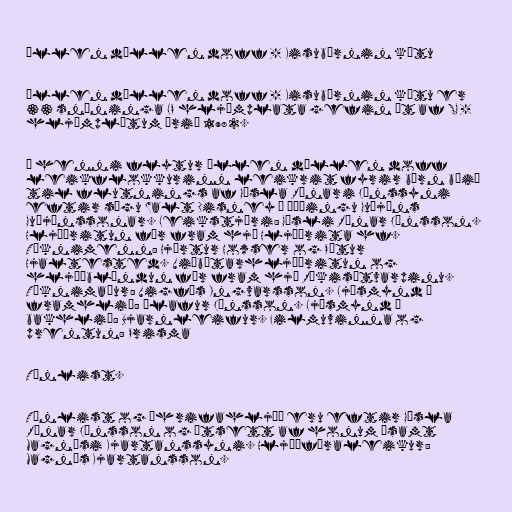
Úllen dúllen doff - Kisubörnin kátu

Úllen dúllen doff - Kisubörnin kátu er
33 snúninga LP hljómplata gefin út af SG -
hljómplötum árið 1982.

Á henni flytur Úllen dúllen doff
leikflokkurinn leikrit fyrir börn búið
til flutnings af Gísla Rúnari Jónssyni
eftir sögu Walt Disney í þýðingu Guðjóns
Guðjónssonar. Leikstjóri: Gísli Rúnar Jónsson.
Hljóðritun fór fram hjá Hljóðrita hf.
Tæknimenn: Hjörtur Howser og Pétur
Hjaltested. Viðbótarhljóðritun og
hljóðblöndun fór fram hjá Ríkisútvarpinu.
Tæknimaður: Vigfús Ingvarsson. Ljósmynd á
framhlið: Ólafur Jónsson. Ljósmynd á
bakhlið: Bjarnleifur. Filmuvinna og
prentun: Prisma

Tónlist.

Tónlist og áhrifahljóð eru eftir Gísla
Rúnar Jónsson og útsett af honum ásamt
Magnúsi Kjartanssyni. Hljóðfæraleikur:
Magnús Kjartansson.